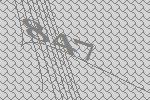
847